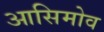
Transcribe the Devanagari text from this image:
आसिमोव